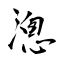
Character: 漗